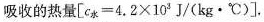
吸收的热量[$$c _ { 水 } = 4 . 2 \times 1 0 ^ { 3 } J / ( k g · ℃ )$$].